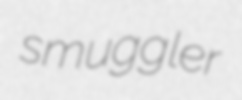
smuggler